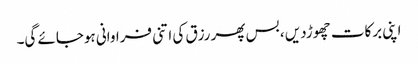
اپنی برکات چھوڑدیں ، بس پھر رزق کی اتنی فراوانی ہوجائے گی۔